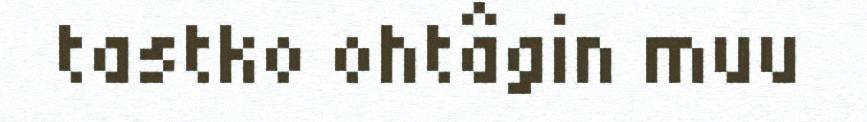
tastko ohtâgin muu